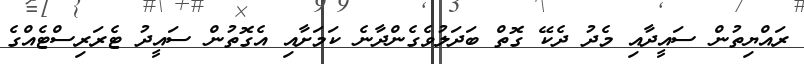
ރައްޔިތުން ސައީދާއި މެދު ދެކޭ ގޮތް ބަދަލުވެގެންދާނެ ކަމަށާއި އެގޮތުން ސައީދު ޓެރަރިސްޓެއްގެ